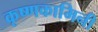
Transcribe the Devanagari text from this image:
कृष्णकामिनी